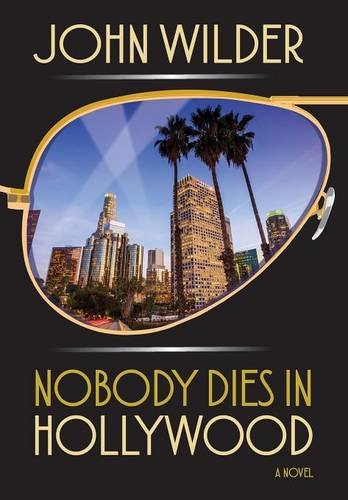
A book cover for Nobody Dies In Hollywood; John Wilder; Mystery, Thriller & Suspense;